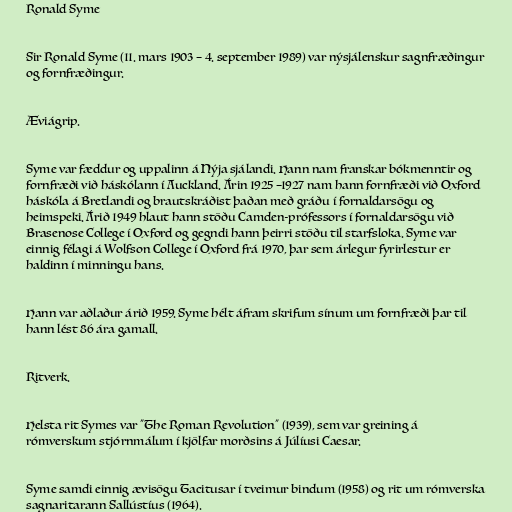
Ronald Syme

Sir Ronald Syme (11. mars 1903 – 4. september 1989) var nýsjálenskur sagnfræðingur
og fornfræðingur.

Æviágrip.

Syme var fæddur og uppalinn á Nýja sjálandi. Hann nam franskar bókmenntir og
fornfræði við háskólann í Auckland. Árin 1925 –1927 nam hann fornfræði við Oxford
háskóla á Bretlandi og brautskráðist þaðan með gráðu í fornaldarsögu og
heimspeki. Árið 1949 hlaut hann stöðu Camden-prófessors í fornaldarsögu við
Brasenose College í Oxford og gegndi hann þeirri stöðu til starfsloka. Syme var
einnig félagi á Wolfson College í Oxford frá 1970, þar sem árlegur fyrirlestur er
haldinn í minningu hans.

Hann var aðlaður árið 1959. Syme hélt áfram skrifum sínum um fornfræði þar til
hann lést 86 ára gamall.

Ritverk.

Helsta rit Symes var "The Roman Revolution" (1939), sem var greining á
rómverskum stjórnmálum í kjölfar morðsins á Júlíusi Caesar.

Syme samdi einnig ævisögu Tacitusar í tveimur bindum (1958) og rit um rómverska
sagnaritarann Sallústíus (1964).